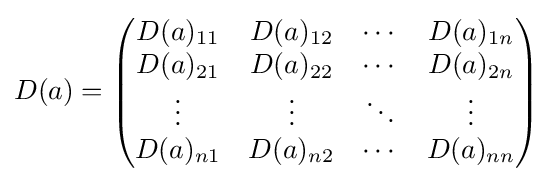
D(a)={\begin{pmatrix}D(a)_{11}&D(a)_{12}&\cdots &D(a)_{1n}\\D(a)_{21}&D(a)_{22}&\cdots &D(a)_{2n}\\\vdots &\vdots &\ddots &\vdots \\D(a)_{n1}&D(a)_{n2}&\cdots &D(a)_{nn}\\\end{pmatrix}}